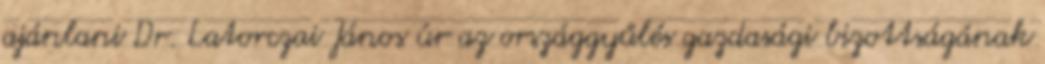
ajánlani Dr. Latorczai János úr az országgyűlés gazdasági bizottságának